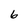
Character: 6